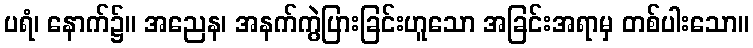
ပရံ၊ နောက်၌။ အညေန၊ အနက်ကွဲပြားခြင်းဟူသော အခြင်းအရာမှ တစ်ပါးသော။